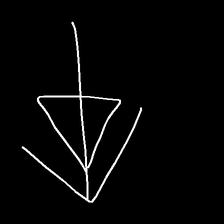
Glyph: pull